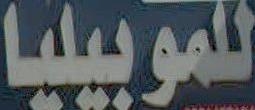
للموبيليا